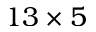
1 3 \times 5